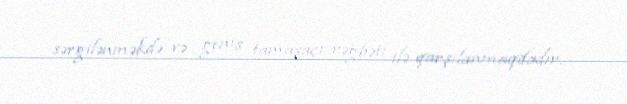
sərgilənməkdə və geniş tamaşaçı rəğbəti ilə qarşılanmaqdadır.